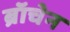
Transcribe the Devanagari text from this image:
ब्रॉचेन